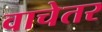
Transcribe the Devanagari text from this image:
वाचेतर